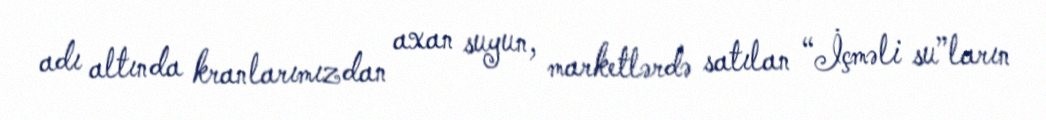
adı altında kranlarımızdan axan suyun, marketlərdə satılan “İçməli su”ların